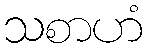
သစာဟံ